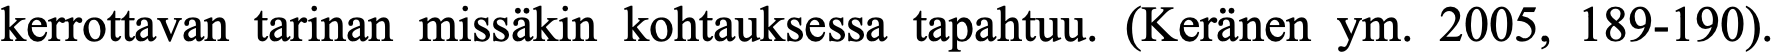
kerrottavan tarinan missäkin kohtauksessa tapahtuu. (Keränen ym. 2005, 189-190).